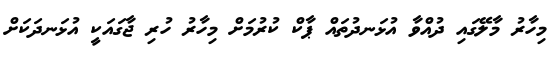
މިހާރު މާލޭގައި ދުއްވާ އުޅަނދުތައް ޕާކް ކުރުމަށް މިހާރު ހުރި ޖާގައަކީ އުޅަނދަކަށް